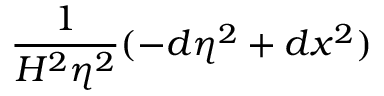
\frac 1 { H ^ { 2 } \eta ^ { 2 } } ( - d \eta ^ { 2 } + d x ^ { 2 } )